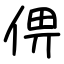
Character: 㑭